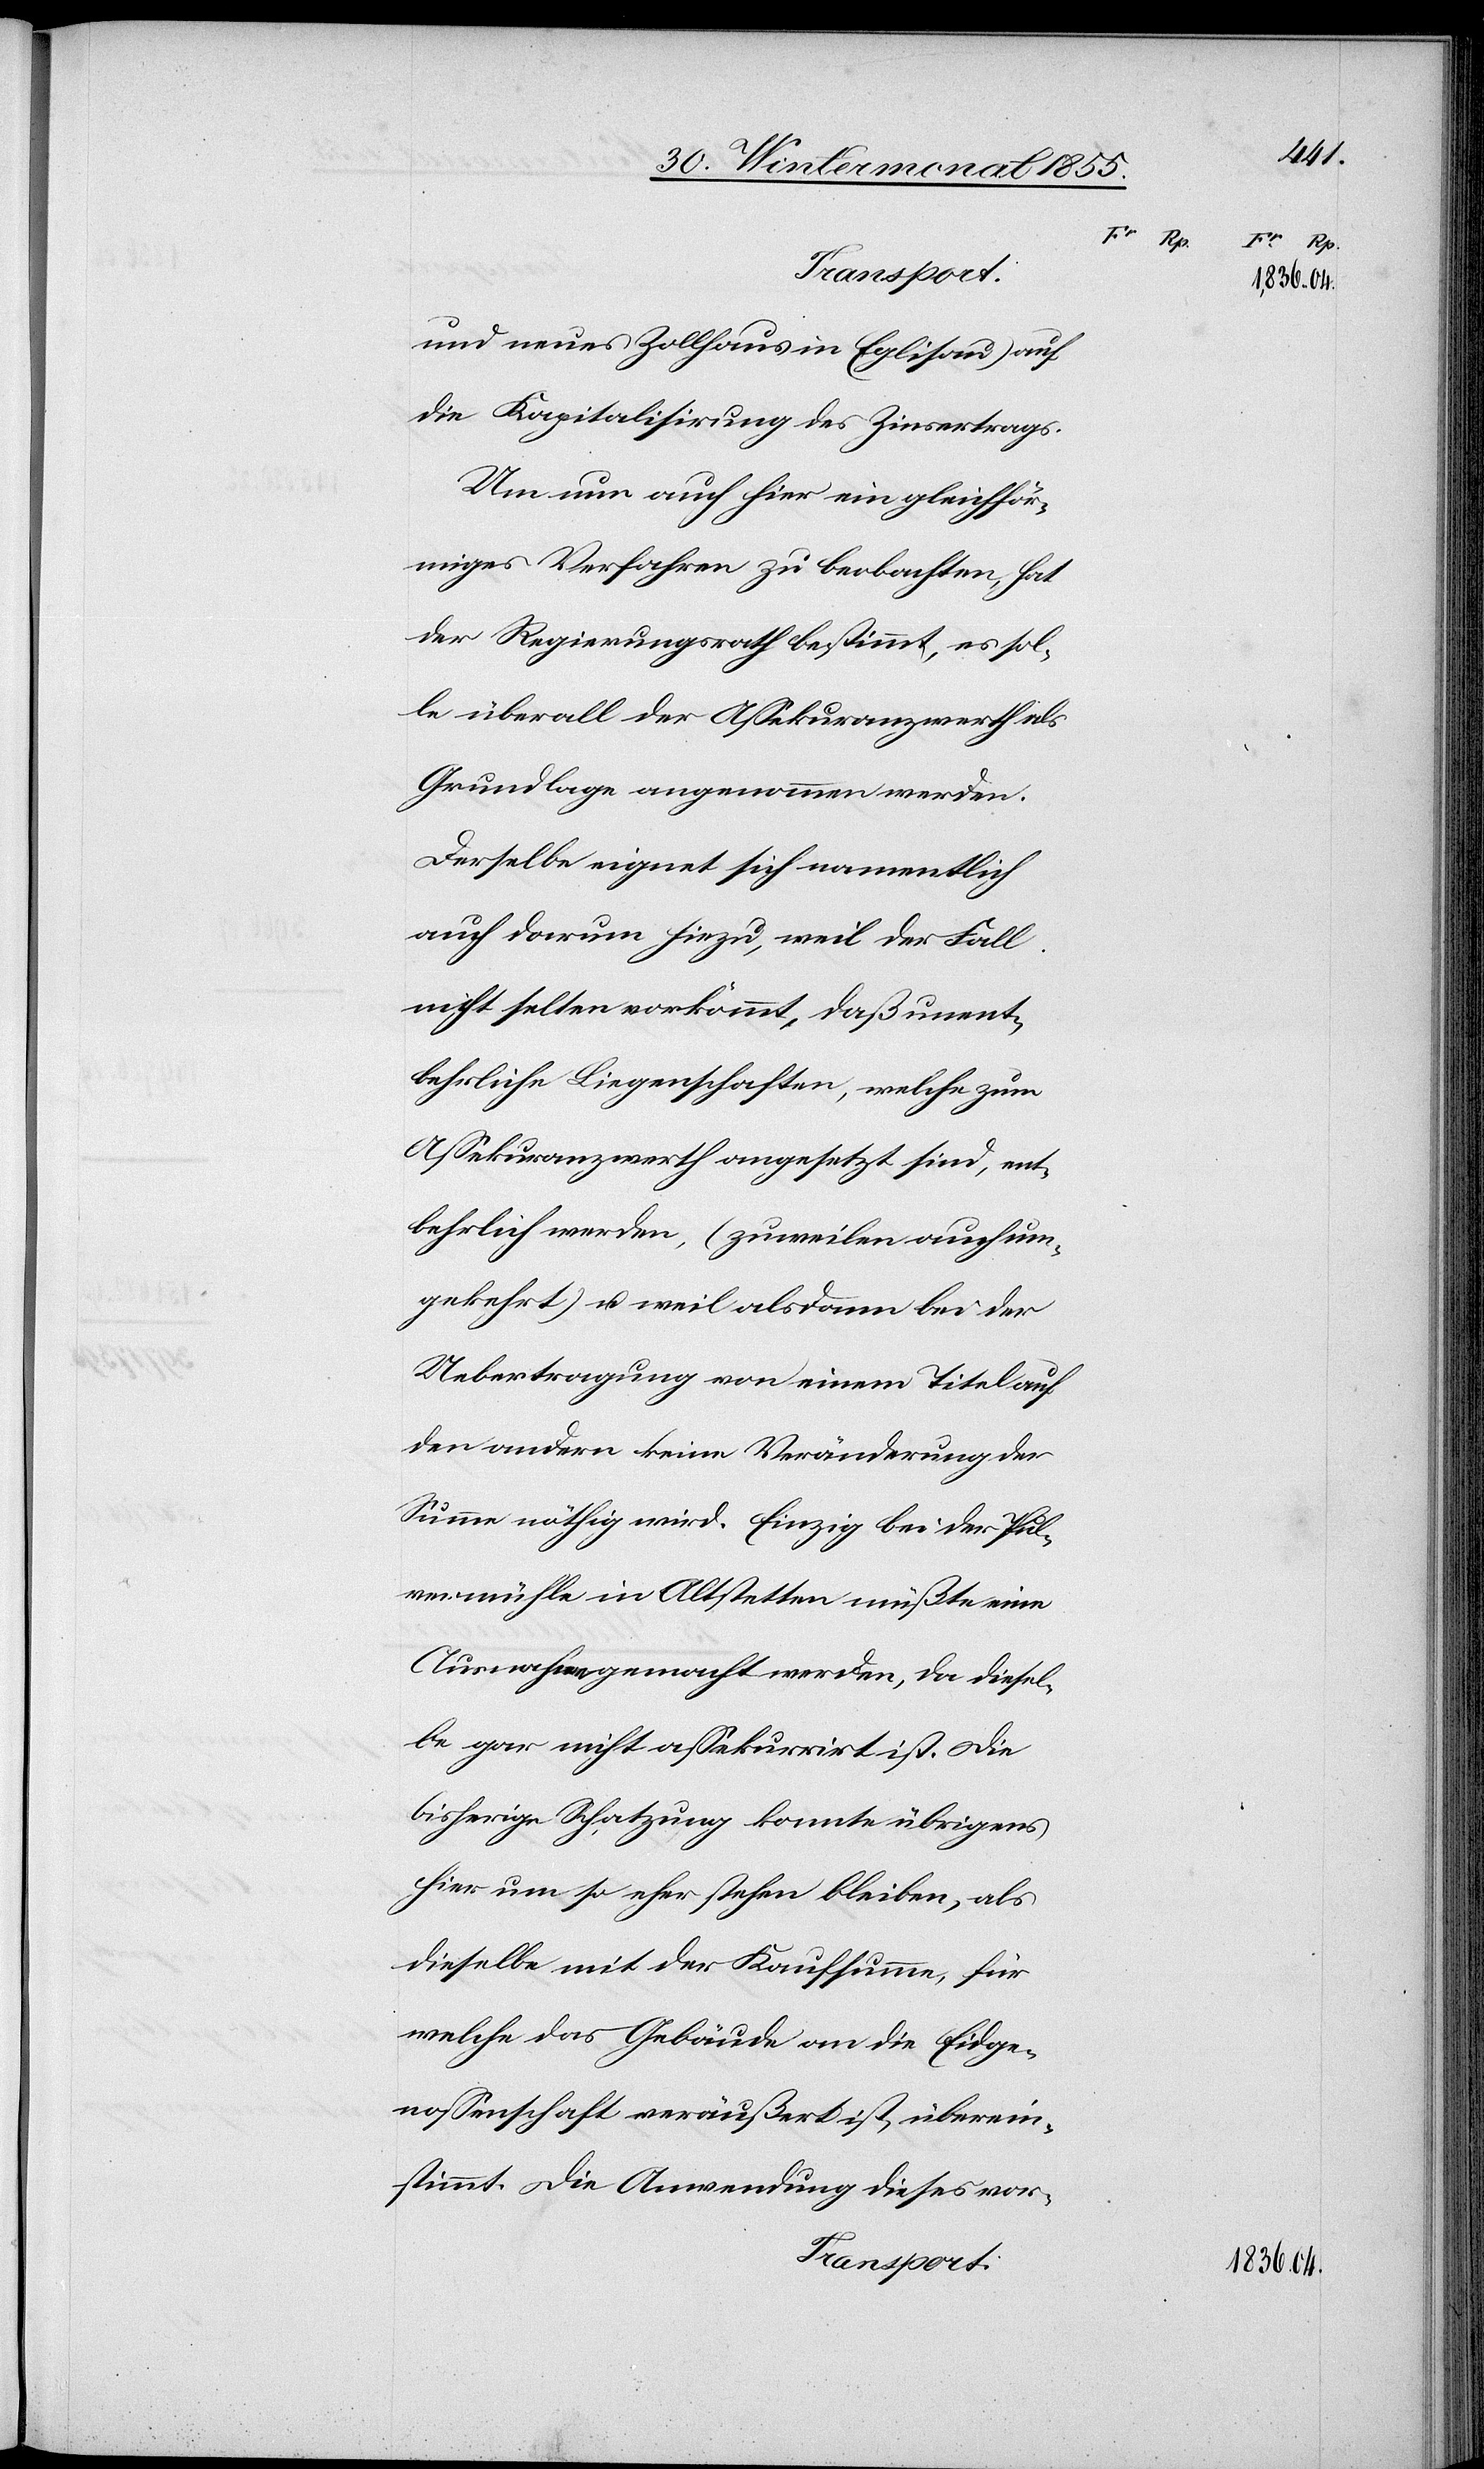
ent¬
und neues Zollhaus in Eglisau) auf
die Kapitalisirung des Zinsertrags.
Um nun auch hier ein gleichför¬
miges Verfahren zu beobachten, hat
der Regierungsrath bestimmt, es sol¬
le überall der Assekuranzwerth als
Grundlage angenommen werden.
Derselbe eignet sich namentlich
auch darum hiezu, weil der Fall
nicht selten vorkömmt, daß unent¬
behrliche Liegenschaften, welche zum
behrlich werden, (zuweilen auch um¬
gekehrt) u. weil alsdann bei der
Uebertragung von einem Titel auf
den andern keine Veränderung der
Summe nöthig wird. Einzig bei der Pul¬
vermühle in Altstetten müßte eine
Ausnahme gemacht werden, da diesel¬
be gar nicht assekurrirt ist. Die
bisherige Schatzung konnte übrigens
hier um so eher stehen bleiben, als
dieselbe mit der Kaufsumme, für
welche das Gebäude an die Eidge¬
nossenschaft veräußert ist, überein¬
stimmt. Die Anwendung dieses vor-
Transport:

04.

1836.